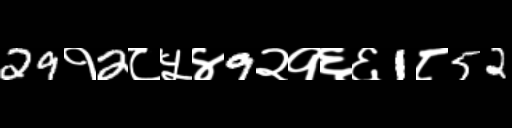
Text: 29१2८५४9२१६६1८52